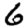
Digit: 6